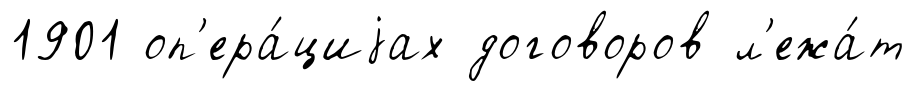
1901 оп'ера́циjах договоров л'ежа́т